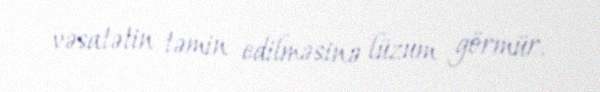
vəsatətin təmin edilməsinə lüzum görmür.